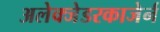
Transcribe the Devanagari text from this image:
अलेक्जेडरकाजेर्न